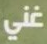
غني